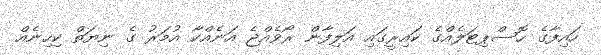
ހައިފާގެ ހޮސްޕިޓަލެއްގެ ކައިރީގައި އަލިފާން ރޯވެއްޖެ އަނެއްކާ އުމަރު ގެ ނިޔަތް ކިހިނެއް